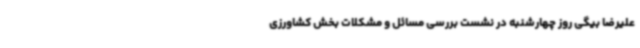
علیرضا بیگی روز چهارشنبه در نشست بررسی مسائل و مشکلات بخش کشاورزی